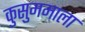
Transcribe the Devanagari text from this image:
कुसुममाला